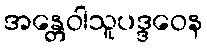
အန္တေဝါသူပဒ္ဒဝေန